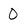
Character: 0